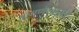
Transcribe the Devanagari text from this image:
श्रामणेरालाही